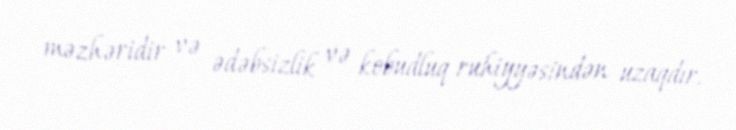
məzhəridir və ədəbsizlik və kobudluq ruhiyyəsindən uzaqdır.